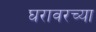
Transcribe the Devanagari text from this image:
घरावरच्या